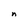
Character: n